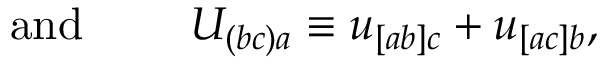
\mathrm { a n d ~ } \qquad U _ { ( b c ) a } \equiv u _ { [ a b ] c } + u _ { [ a c ] b } ,